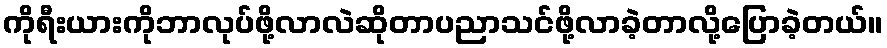
ကိုရီးယားကိုဘာလုပ်ဖို့လာလဲဆိုတာပညာသင်ဖို့လာခဲ့တာလို့ပြောခဲ့တယ်။